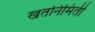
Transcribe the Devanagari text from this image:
खतनिमिर्ती